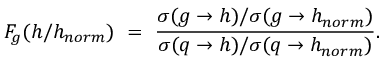
F _ { g } ( h / h _ { n o r m } ) \ = \ \frac { \sigma ( g \to h ) / \sigma ( g \to h _ { n o r m } ) } { \sigma ( q \to h ) / \sigma ( q \to h _ { n o r m } ) } .